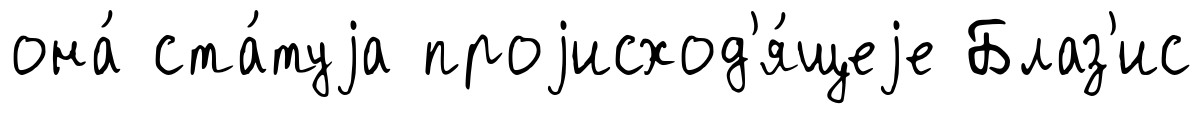
она́ ста́туjа проjисход'я́щеjе Блаз'ис